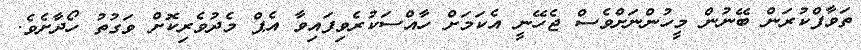
ތަވާފްކުރަން ބޭނުން މީހުންނަށްވެސް ޖެހޭނީ އެކަމަށް ހާއްސަކުރެވިފައިވާ އެޕް މެދުވެރިކޮށް ވަގުތު ހޯދާށެވެ.